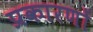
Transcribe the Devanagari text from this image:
प्रकारणों